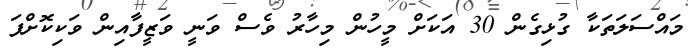
މައްސަލަތަކާ ގުޅިގެން 30 އަކަށް މީހުން މިހާރު ވެސް ވަނީ ވަޒީފާއިން ވަކިކޮށްފަ